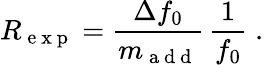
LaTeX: R_{\mathrm{~e~x~p~}}=\frac{\Delta f_{0}}{m_{\mathrm{~a~d~d~}}}\, \frac{1}{f_{0}}\; .